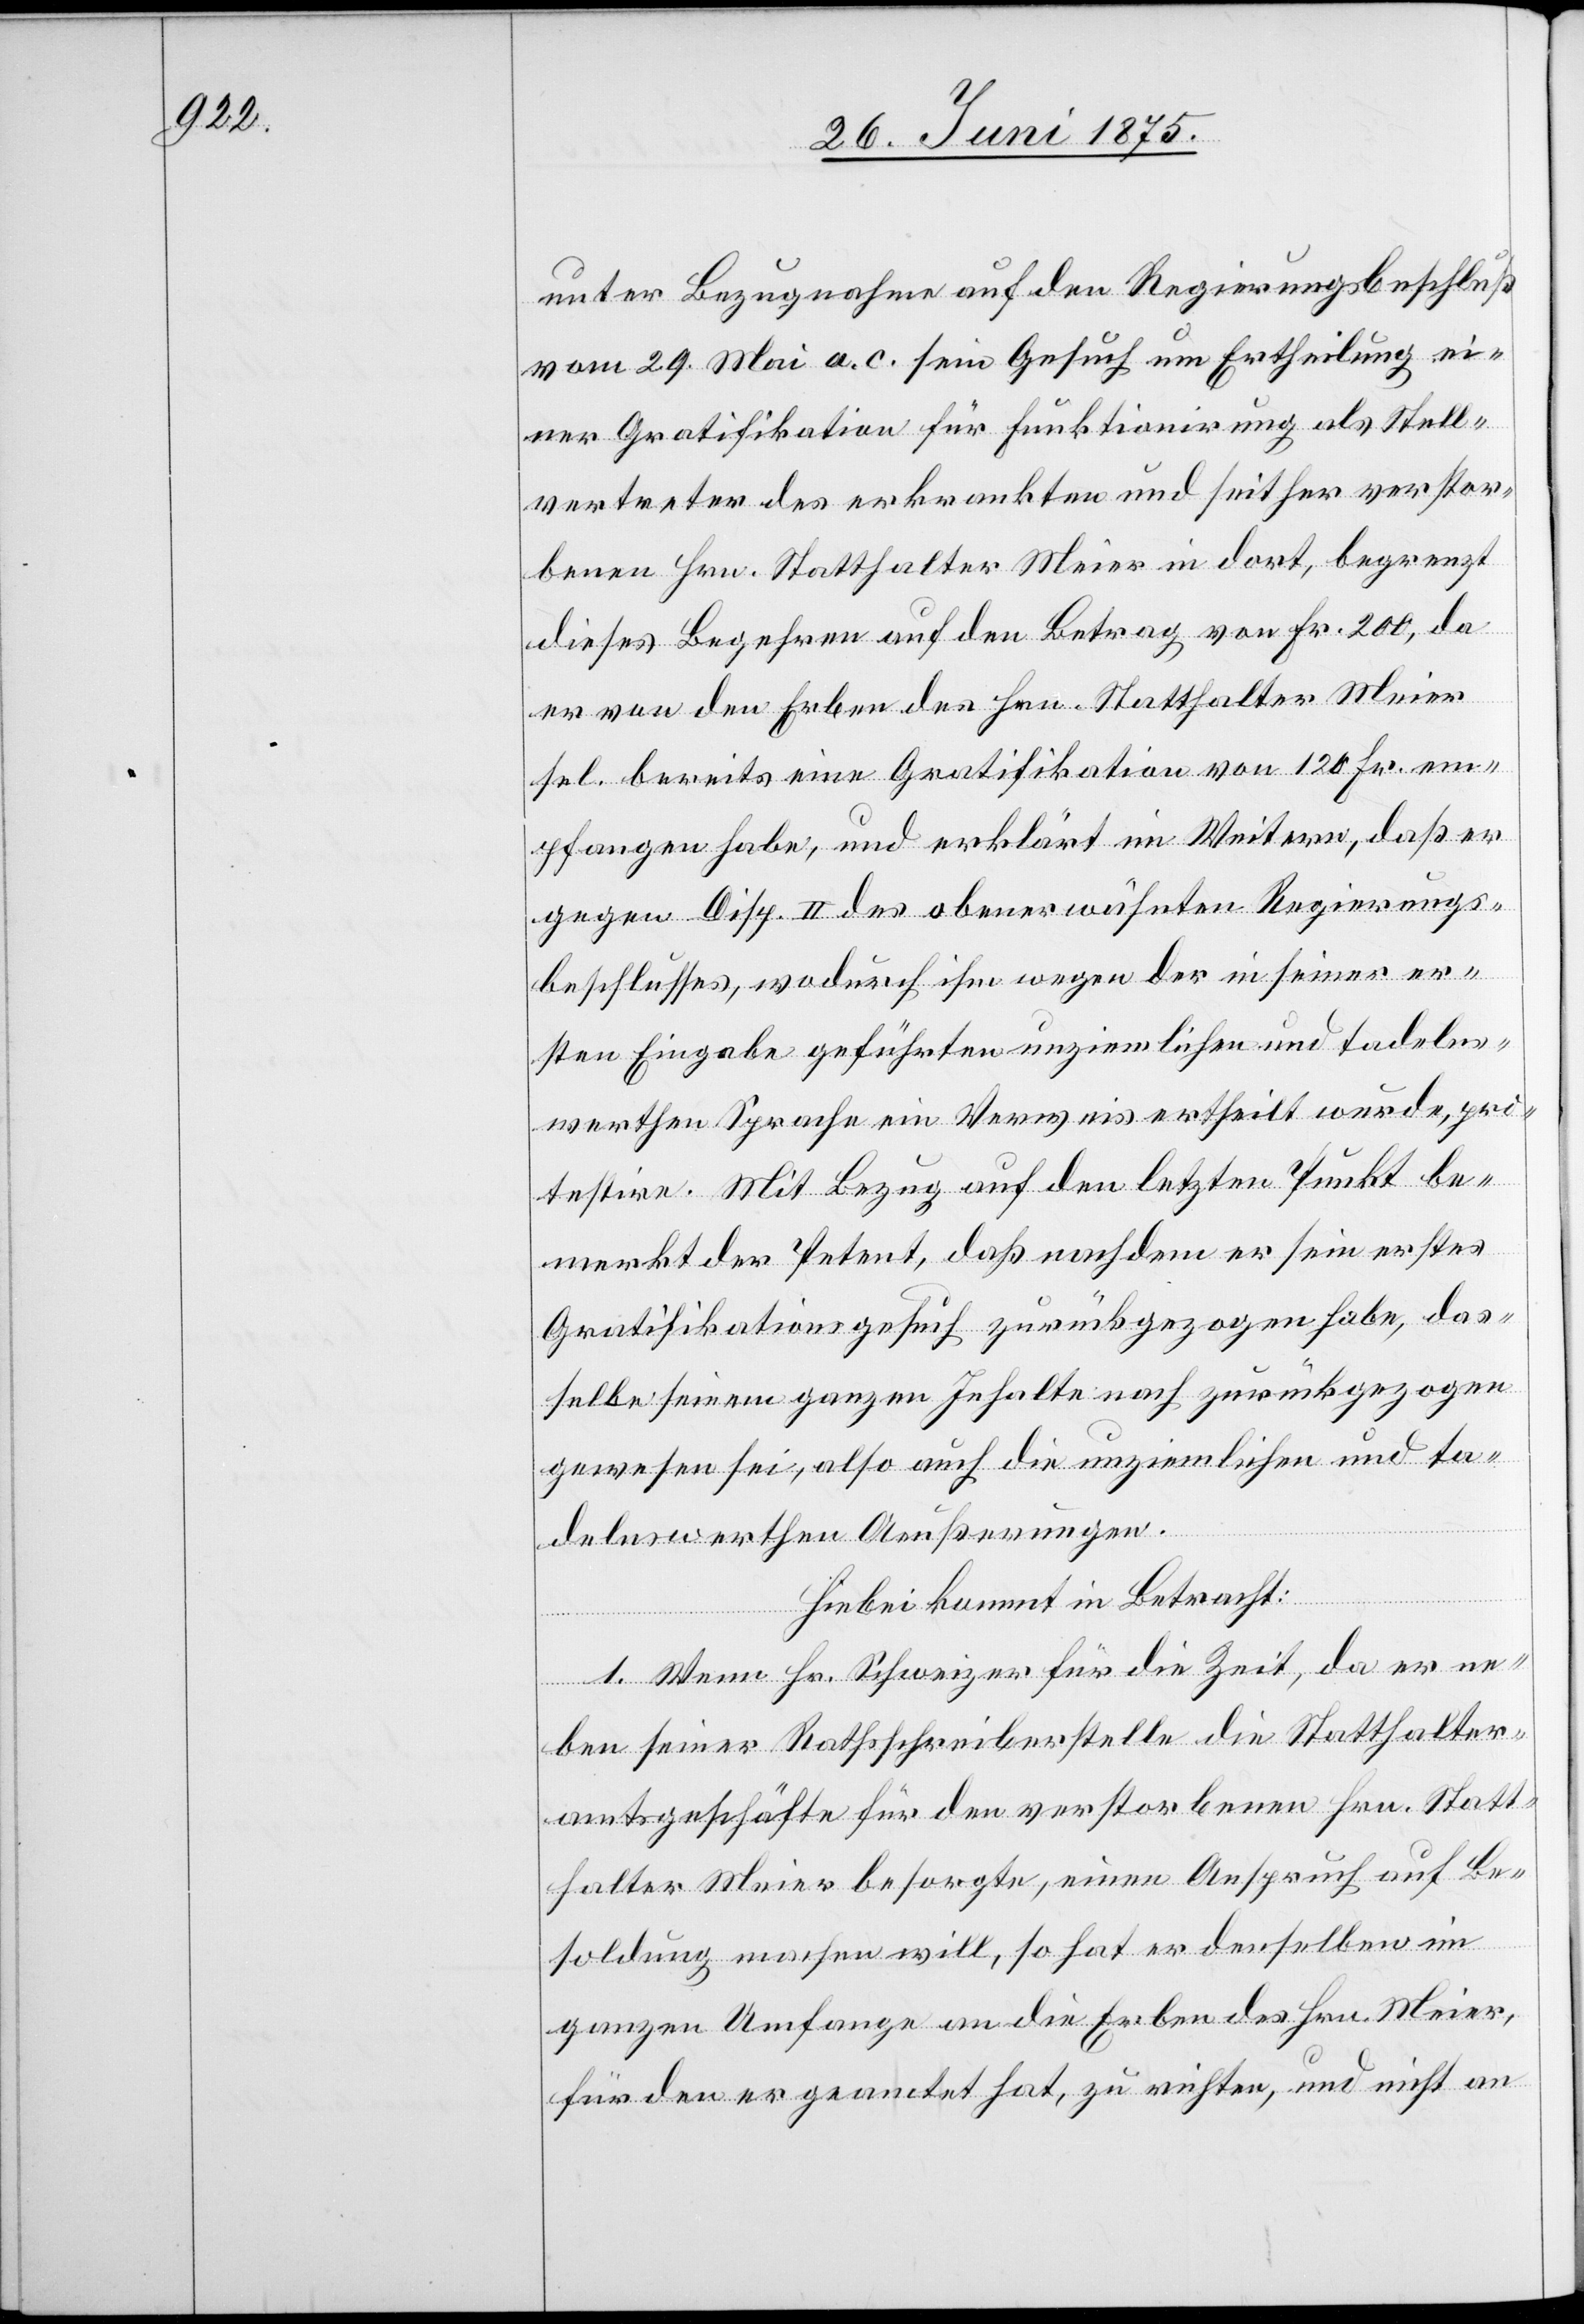
unter Bezugnahme auf den Regierungsbeschluß
vom 29. Mai a. c. sein Gesuch um Ertheilung ei¬
ner Gratifikation für Funktionirung als Stell¬
vertreter des erkrankten und seither verstor¬
benen Hrn. Statthalter Meier in dort, begrenzt
dieses Begehren auf den Betrag von Fr. 200, da
er von den Erben des Hrn. Statthalter Meier
sel. bereits eine Gratifikation von 120 Fr. em¬
pfangen habe, und erklärt im Weitern, daß er
gegen Disp. II des obenerwähnten Regierungs¬
beschlusses, wodurch ihm wegen der in seiner er¬
sten Eingabe geführten unziemlichen und tadelns¬
werthen Sprache ein Verweis ertheilt wurde, pro¬
testire. Mit Bezug auf den letzten Punkt be¬
merkt der Petent, daß nach dem er sein erstes
Gratifikationsgesuch zurückgezogen habe, das¬
selbe seinem ganzen Inhalte nach zurückgezogen
gewesen sei, also auch die unziemlichen und tan¬
delnswerthen Aeußerungen.
Hiebei kommt in Betracht:
1. Wenn Hr. Schweizer für die Zeit, da er ne¬
ben seiner Rathsschreiberstelle die Statthalter¬
amtsgeschäfte für den verstorbenen Hrn. Statt¬
halter Meier besorgte, einen Anspruch auf Be¬
soldung machen will, so hat er denselben im
ganzen Umfange an die Erben des Hrn. Meier,
für den er geamtet hat, zu richten, und nicht an